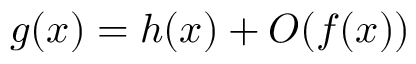
g ( x ) = h ( x ) + O ( f ( x ) )